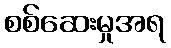
စစ်ဆေးမှုအရ